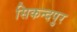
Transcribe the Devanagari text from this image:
सिकन्दपुर